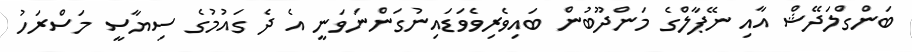
ބަންގްލަދޭޝް އާއި ނޭޕާލްގެ މަންދޫބުން ބައިވެރިވެވަޑައިނުގަންނަވަނީ އެ ދެ ގައުމުގެ ސިޔާސީ މަސްރަހު